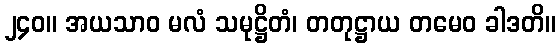
၂၄၀။ အယသာဝ မလံ သမုဋ္ဌိတံ၊ တတုဋ္ဌာယ တမေဝ ခါဒတိ။